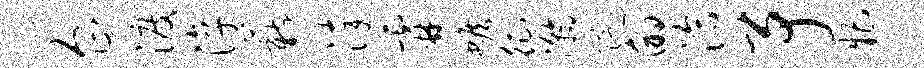
企渡淳薪淬霖蟾征瀚院的洽予糟